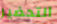
التحضير